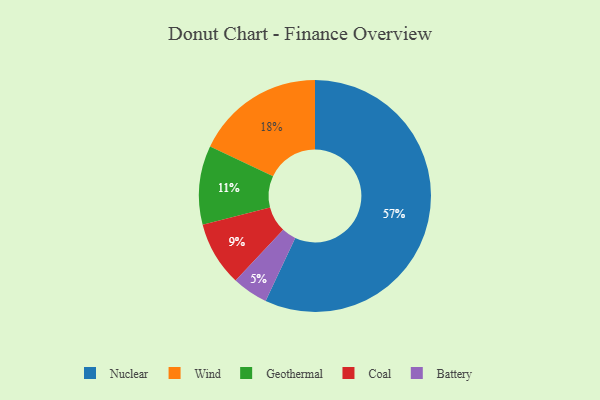
{"axis": {"x": "Category", "y": "Percentage"}, "legend": ["Battery", "Coal", "Geothermal", "Nuclear", "Wind"], "data": [{"x": "Geothermal", "y": 11, "type": "Geothermal"}, {"x": "Coal", "y": 9, "type": "Coal"}, {"x": "Battery", "y": 5, "type": "Battery"}, {"x": "Wind", "y": 18, "type": "Wind"}, {"x": "Nuclear", "y": 57, "type": "Nuclear"}]}